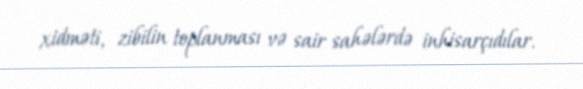
xidməti, zibilin toplanması və sair sahələrdə inhisarçıdılar.